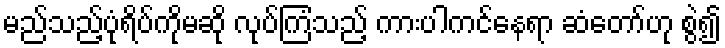
မည်သည့်ပုံရိပ်ကိုမဆို လုပ်ကြံသည့် ကားပါကင်နေရာ ဆံတော်ဟု စွဲ၍